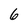
Character: 6